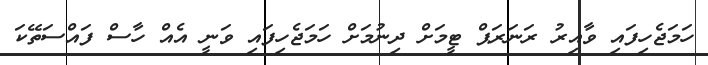
ހަމަޖެހިފައި ވާއިރު ރަނަރަޕް ޓީމަށް ދިނުމަށް ހަމަޖެހިފައި ވަނީ އެއް ހާސް ފައްސަތޭކަ